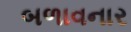
બળાવનાર